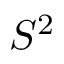
S ^ { 2 }